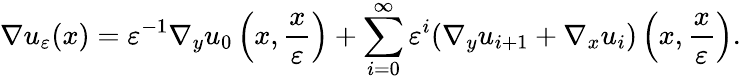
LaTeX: \nabla u_{\varepsilon}(x)=\varepsilon^{-1}\nabla_{y}u_{0}\left(x,\frac{x}{\varepsilon}\right)+\sum_{i=0}^{\infty}\varepsilon^{i}(\nabla_{y}u_{i+1}+\nabla_{x}u_{i})\left(x,\frac{x}{\varepsilon}\right).